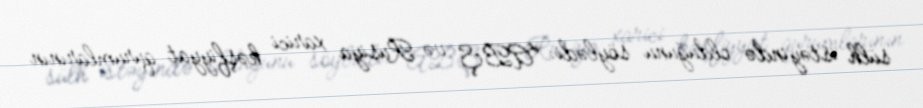
sülh istəyində olduğunu söylədi: “ABŞ və Rusiya xarici kəşfiyyat qurumlarının